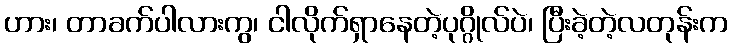
ဟား၊ တာခက်ပါလားကွ၊ ငါလိုက်ရှာနေတဲ့ပုဂ္ဂိုလ်ပဲ၊ ပြီးခဲ့တဲ့လတုန်းက